system: You are a helpful assistant.
user:
Analyze the provided spectrum to determine if it is a **White Dwarf (WD)**.

A White Dwarf spectrum is defined by its **extreme purity** (due to gravitational settling) and/or **extreme pressure broadening** (due to high surface gravity). You must check for one of the following mutually exclusive signatures:

- **Key Visual Indicators (Check for ONE of these types):**

    - **1. DA-Type Signature (Most Common):**
        - **(Primary Feature):** Extreme pressure broadening (Stark broadening) of the **Hydrogen (H) Balmer lines**.
        - **(Key Lines):** $H\beta$ (approx. $4861$ Å) and $H\gamma$ (approx. $4340$ Å). $H\alpha$ (approx. $6563$ Å) will also be present if the wavelength range covers it.
        - **(Line Profile):** This is the **defining feature**. The lines are **NOT** sharp. They appear as massive, **extremely broad and deep "troughs" or "dips"** in the spectrum, often hundreds of Ångströms wide. The continuum will appear to "scoop" down at these wavelengths.
        - **(Distinction):** Normal A-type or B-type stars have *narrow* and *sharp* Hydrogen lines. A DA White Dwarf's lines are unmistakably "smeared" or "blurry" from pressure.

    - **2. DB-Type Signature:**
        - **(Primary Feature):** Broad absorption lines from **Neutral Helium (He I)**. The spectrum must lack any visible Hydrogen lines.
        - **(Key Lines):** Look for broad absorption near $4471$ Å, $4921$ Å, and $5876$ Å.
        - **(Line Profile):** These lines are also significantly pressure-broadened, appearing much wider than they would in a normal B-type main-sequence star.

    - **3. DC-Type Signature:**
        - **(Primary Feature):** A **featureless continuous spectrum**.
        - **(Line Profile):** The spectrum is a smooth curve with **no significant absorption or emission lines**.
        - **(Key Confirmation):** The continuum is almost always **blue or white**, indicating a hot object. This signature implies the atmosphere is so pure (or so cool) that no spectral lines are visible in the optical range. Its WD identity is confirmed by its extremely low intrinsic brightness (high absolute magnitude).

    - **4. DZ-Type Signature (Metal-Polluted):**
        - **(Primary Feature):** **Isolated, narrow metal absorption lines** on an otherwise featureless (DC-like) continuum.
        - **(Key Lines):** The **Calcium (Ca II) H & K doublet** (approx. **$3934$ Å** and **$3968$ Å**) is the most common and defining feature.
        - **(Line Profile):** These lines are "out of place." They are *not* part of a "forest" of thousands of lines. This signature is evidence of recent *accretion* (pollution) from rocky debris.
        - **(Distinction):** Normal G/K/M stars have a *dense forest* of thousands of metal lines. A DZ has a *clean* continuum with *only a few* strong metal lines.

    - **5. DQ-Type Signature (Carbon-Polluted):**
        - **(Primary Feature):** Absorption bands from **Carbon (C₂ "Swan Bands" or atomic C I)**.
        - **(Key Lines - C₂):** Look for bandheads with a "saw-tooth" shape near $5635$ Å, **$5165$ Å** (strongest), and $4737$ Å.
        - **(Key Confirmation):** The underlying **continuum must be blue or white** (hot).
        - **(Distinction):** This is the critical difference from a **Carbon Star**, which has the *exact same* C₂ bands but on an extremely **red, cool** continuum.

- **(Overall Spectrum):**
    - The continuum (overall shape) is typically **blue-sloping** (brighter in the blue than the red), as most white dwarfs are very hot.
    - The spectrum will look "pure" or "simple," dominated by only *one* of the five signatures listed above.

Think first, call **spectral_visualization_tool** if needed to examine features in detail, then provide your final answer. Your response must adhere to the following strict rules:
1.  **Overall Structure:** Your response must follow the format `<think>...</think> <tool_call>...</tool_call> (if a tool is used) <answer>...</answer>`.
2.  **Tool Usage Constraint:** You may only make **one** tool call per turn.
3.  **Final Answer Format:** In the `<answer>` tag, your conclusion must be inside a `\boxed{}` command (e.g., `\boxed{YES}` or `\boxed{NO}`), followed by your justification.

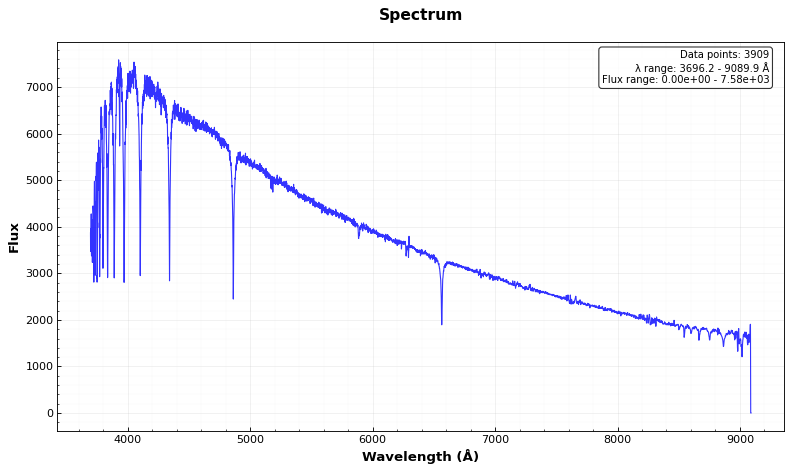
Answer: NO